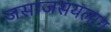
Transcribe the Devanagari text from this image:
जसाजसयलाग